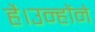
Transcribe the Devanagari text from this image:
है।उन्होंने